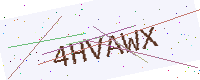
Text: 4HVAWX